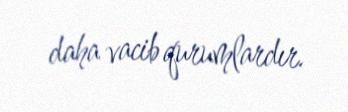
daha vacib qurumlardır.